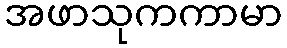
အဖာသုကကာမာ